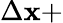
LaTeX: \Delta\mathbf{x}+